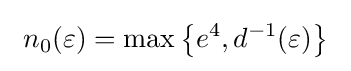
~n_{0}(\varepsilon )=\max \left\{e^{4},d^{-1}(\varepsilon )\right\}~